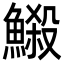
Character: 𩻈